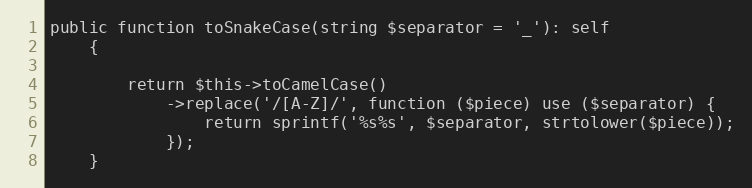
Language: PHP
public function toSnakeCase(string $separator = '_'): self
    {

        return $this->toCamelCase()
            ->replace('/[A-Z]/', function ($piece) use ($separator) {
                return sprintf('%s%s', $separator, strtolower($piece));
            });
    }